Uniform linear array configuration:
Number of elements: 48
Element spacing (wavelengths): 0.25
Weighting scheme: cosine
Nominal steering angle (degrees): -15
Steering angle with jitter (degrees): -16.619
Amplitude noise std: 0.05
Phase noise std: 0.05

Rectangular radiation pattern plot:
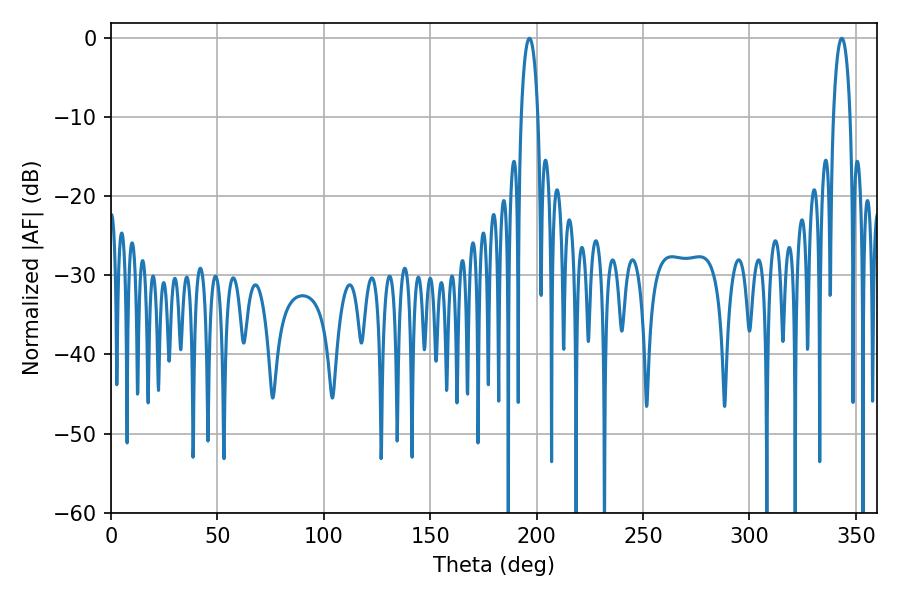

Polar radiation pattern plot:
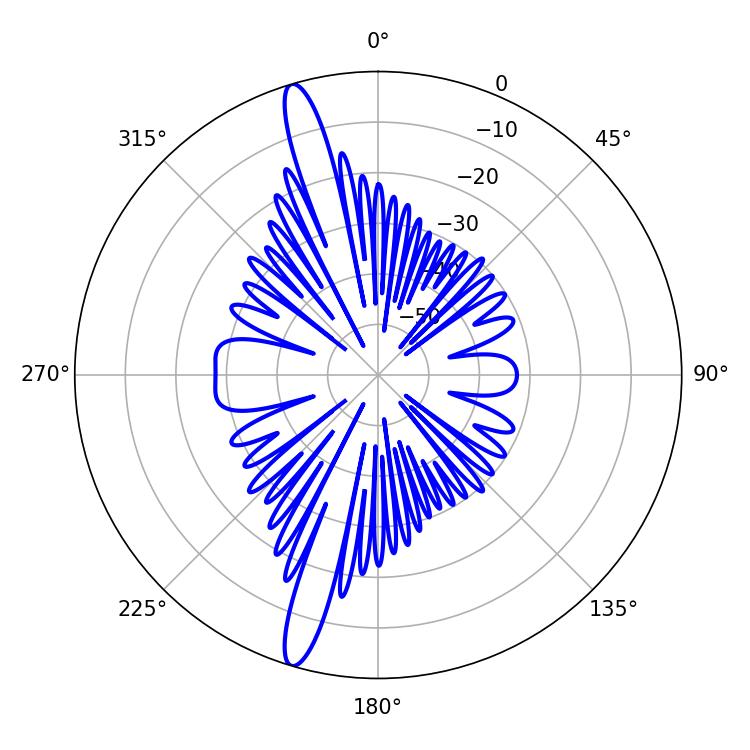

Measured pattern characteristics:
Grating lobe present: FALSE
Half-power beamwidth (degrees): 4.5
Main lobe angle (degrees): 196.56